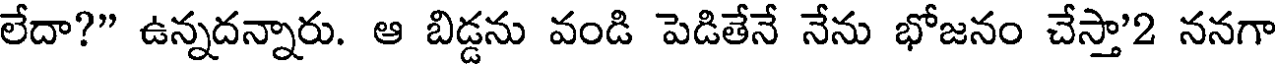
లేదా?" ఉన్నదన్నారు. ఆ బిడ్డను వండి పెడితేనే నేను భోజనం చేస్తా'2 ననగా